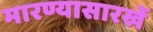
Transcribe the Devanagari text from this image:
मारण्यासारखें